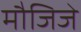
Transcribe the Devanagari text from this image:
मौजिजे